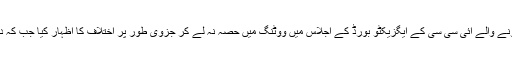
صرف پاکستان اور سری لنکا نے سنگا پور میں ہونے والے آئی سی سی کے ایگزیکٹو بورڈ کے اجلاس میں ووٹنگ میں حصہ نہ لے کر جزوی طور پر اختلاف کا اظہار کیا جب کہ دس میں سے آٹھ ووٹ اس تجویز کے حق میں آئے۔